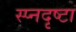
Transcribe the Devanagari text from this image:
स्प्नदृष्टा